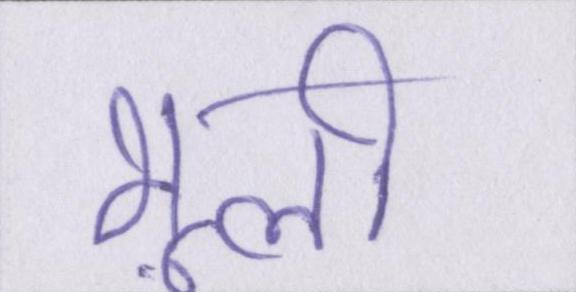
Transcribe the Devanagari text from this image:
भूली